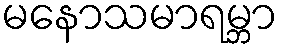
မနောသမာရမ္ဘာ